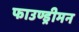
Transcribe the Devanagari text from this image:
फाउण्ड्रीमन